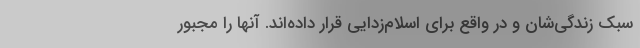
سبک زندگی‌شان و در واقع برای اسلام‌زدایی قرار داده‌اند. آنها را مجبور